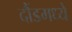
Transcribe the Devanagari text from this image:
दौंडमध्ये